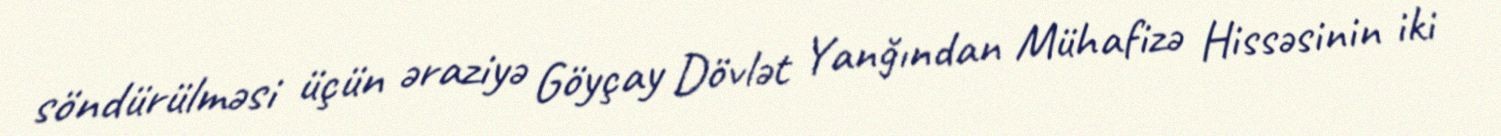
söndürülməsi üçün əraziyə Göyçay Dövlət Yanğından Mühafizə Hissəsinin iki